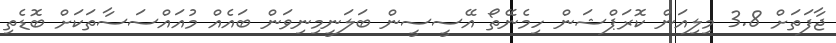
ޖާފަތަށް 3.8 މިލިއަން ކޮރަޕްޝަން ހިމެނޭތޯ އޭސީސީން ބަލަނީމިނިވަން ބައެއް މުއައްސަސާތަކަށް ބޮޑެތި